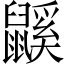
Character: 鼷